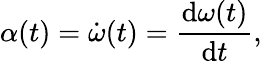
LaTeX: \alpha(t)={\dot{\omega}}(t)={\frac{\mathrm{d}\omega(t)}{\mathrm{d}t}},